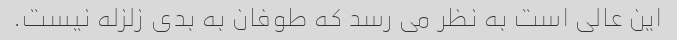
این عالی است به نظر می رسد که طوفان به بدی زلزله نیست.